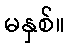
မနှစ်။